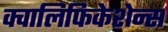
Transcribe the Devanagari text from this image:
क्वालिफिकेशेन्स